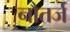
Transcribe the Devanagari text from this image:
नौतर्ज